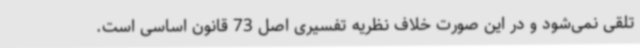
تلقی نمی‌شود و در این صورت خلاف نظریه تفسیری اصل 73 قانون اساسی است.